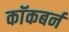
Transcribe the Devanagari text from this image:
काॅकबर्न